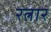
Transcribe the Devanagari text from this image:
रत्नार